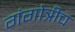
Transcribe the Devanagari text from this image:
गंगोत्रीच